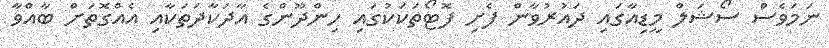
ނަމަވެސް ސޯޝަލް މީޑިއާގައި ދައުރުވާން ފެށި ފޮޓޯތަކަކުގައި ހިންދޫންގެ އާދަކާދަތަކާއި އެއްގޮތަށް ބާއްވާ